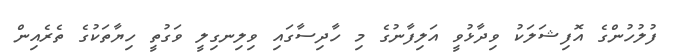
ފުލުހުންގެ އޮފިޝަލަކު ވިދާޅުވީ އަލިފާނުގެ މި ހާދިސާގައި ވިލިނގިލީ ވަގުތީ ހިޔާތަކުގެ ތެރެއިން